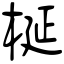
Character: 梴